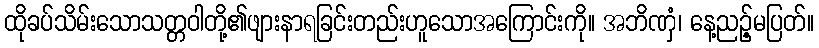
ထိုခပ်သိမ်းသောသတ္တဝါတို့၏ဖျားနာရခြင်းတည်းဟူသောအကြောင်းကို။ အဘိဏှံ၊ နေ့ညဉ့်မပြတ်။